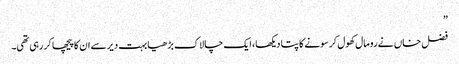
”
فضل خاں نے رومال کھول کر سونے کا پتا دیکھا، ایک چالاک بڑھیا بہت دیر سے ان کا پیچھا کر رہی تھی۔